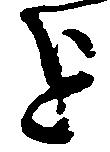
を